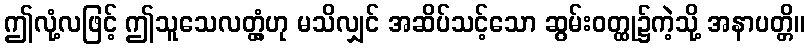
ဤလုံ့လဖြင့် ဤသူသေလတ္တံ့ဟု မသိလျှင် အဆိပ်သင့်သော ဆွမ်းဝတ္ထု၌ကဲ့သို့ အနာပတ္တိ။